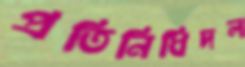
প্রতিনিধিদল